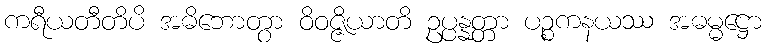
ကရီယတီတိပိ အဓိဘောတွာ ဝိဝဇ္ဇိယာတိ ဥပ္ပန္နတ္တာ ပဉ္စကနယဿ အဓမ္မဋ္ဌော